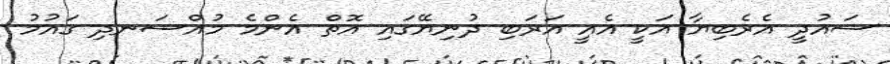
ސައުދީ އެރެބިޔާ އަކީ އެއީ އަރަބި ދުނިޔޭގައި އޮތް އެންމެ މުއްސަނދި ގައުމު